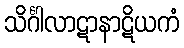
သိင်္ဂါလာဋာနာဋိယကံ